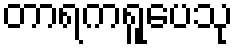
တာရကရူပေသု